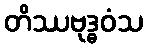
တိဿဗုဒ္ဓဝံသ